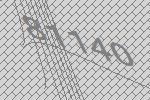
81140